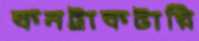
কনট্রাকটারি